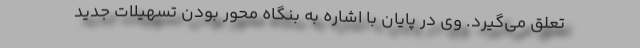
تعلق می‌گیرد. وی در پایان با اشاره به بنگاه محور بودن تسهیلات جدید